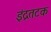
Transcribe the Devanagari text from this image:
इंद्रतटक